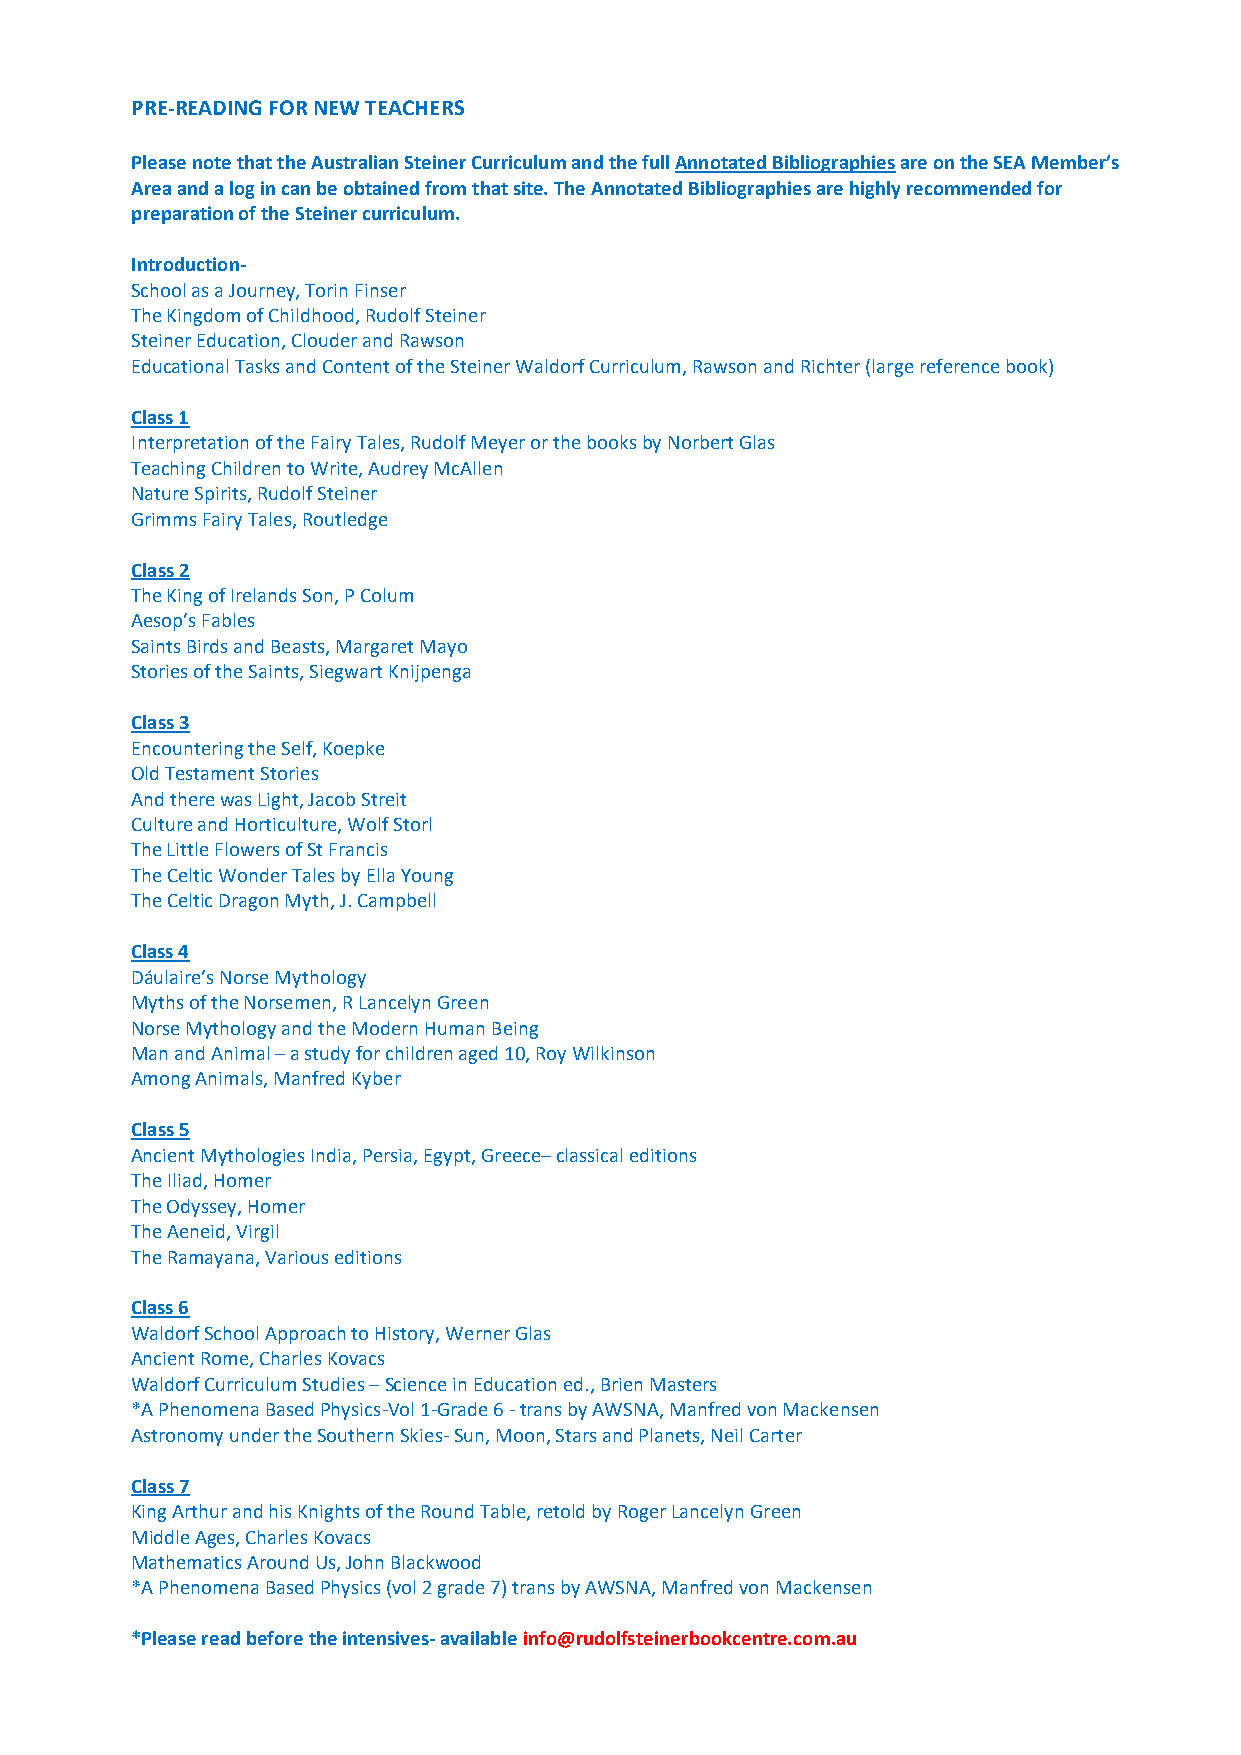
PRE-READING FOR NEW TEACHERS
 Please note that the Australian Steiner Curriculum and the full Annotated Bibliographies are on the SEA Member’s
 Area and a log in can be obtained from that site. The Annotated Bibliographies are highly recommended for
 preparation of the Steiner curriculum.
 Introduction-
 School as a Journey, Torin Finser
 The Kingdom of Childhood, Rudolf Steiner
 Steiner Education, Clouder and Rawson
 Educational Tasks and Content of the Steiner Waldorf Curriculum, Rawson and Richter (large reference book)
 Class 1
 Interpretation of the Fairy Tales, Rudolf Meyer or the books by Norbert Glas
 Teaching Children to Write, Audrey McAllen
 Nature Spirits, Rudolf Steiner
 Grimms Fairy Tales, Routledge
 Class 2
 The King of Irelands Son, P Colum
 Aesop’s Fables
 Saints Birds and Beasts, Margaret Mayo
 Stories of the Saints, Siegwart Knijpenga
 Class 3
 Encountering the Self, Koepke
 Old Testament Stories
 And there was Light, Jacob Streit
 Culture and Horticulture, Wolf Storl
 The Little Flowers of St Francis
 The Celtic Wonder Tales by Ella Young
 The Celtic Dragon Myth, J. Campbell
 Class 4
 Dáulaire’s Norse Mythology
 Myths of the Norsemen, R Lancelyn Green
 Norse Mythology and the Modern Human Being
 Man and Animal – a study for children aged 10, Roy Wilkinson
 Among Animals, Manfred Kyber
 Class 5
 Ancient Mythologies India, Persia, Egypt, Greece– classical editions
 The Iliad, Homer
 The Odyssey, Homer
 The Aeneid, Virgil
 The Ramayana, Various editions
 Class 6
 Waldorf School Approach to History, Werner Glas
 Ancient Rome, Charles Kovacs
 Waldorf Curriculum Studies – Science in Education ed., Brien Masters
 *A Phenomena Based Physics-Vol 1-Grade 6 - trans by AWSNA, Manfred von Mackensen
 Astronomy under the Southern Skies- Sun, Moon, Stars and Planets, Neil Carter
 Class 7
 King Arthur and his Knights of the Round Table, retold by Roger Lancelyn Green
 Middle Ages, Charles Kovacs
 Mathematics Around Us, John Blackwood
 *A Phenomena Based Physics (vol 2 grade 7) trans by AWSNA, Manfred von Mackensen
 *Please read before the intensives- available info@rudolfsteinerbookcentre.com.au